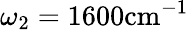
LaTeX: \omega_{2}=1600\mathrm{cm}^{-1}